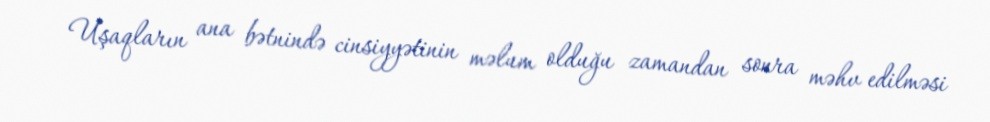
Uşaqların ana bətnində cinsiyyətinin məlum olduğu zamandan sonra məhv edilməsi